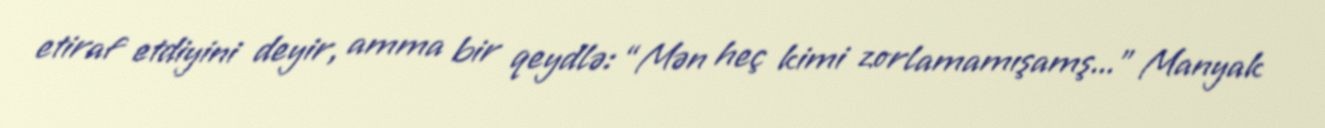
etiraf etdiyini deyir, amma bir qeydlə: “Mən heç kimi zorlamamışamş...” Manyak